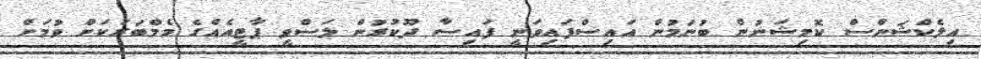
އިލެކްޝަންސް ކޮމިޝަނުން ބުނަމުން އައިސްފައިވަނީ ފައިސާ ދޫކުރުން ލަސްވީ ޕާޓީއެއްގެ މެމްބަރަކަށް ވުމަށް